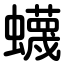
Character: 蠛